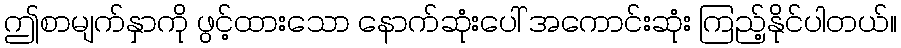
ဤစာမျက်နှာကို ဖွင့်ထားသော နောက်ဆုံးပေါ် အကောင်းဆုံး ကြည့်နိုင်ပါတယ်။